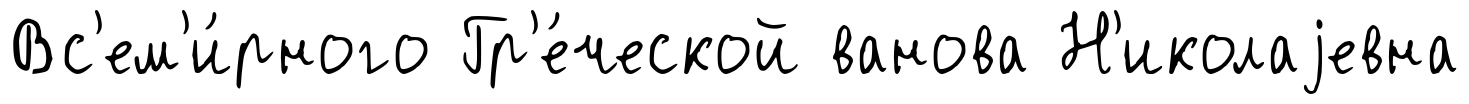
Вс'ем'и́рного Гр'е́ческой ванова Н'иколаjевна